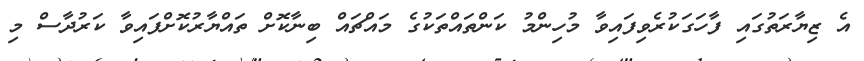
އެ ޒިޔާރަތުގައި ފާހަގަކުރެވިފައިވާ މުހިންމު ކަންތައްތަކުގެ މައްޗައް ބިނާކޮށް ތައްޔާރުކޮށްފައިވާ ކަރުދާސް މި